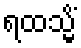
ရထသ္မိံ